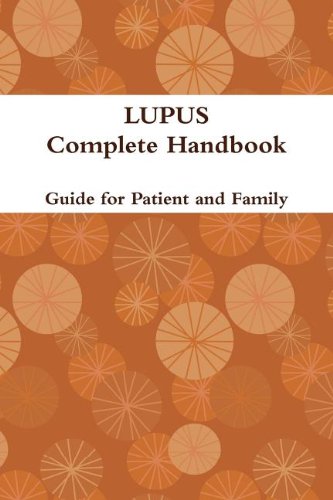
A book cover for Lupus: Complete Handbook; Health, Fitness & Dieting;